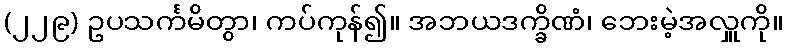
(၂၂၉) ဥပသင်္ကမိတွာ၊ ကပ်ကုန်၍။ အဘယဒက္ခိဏံ၊ ဘေးမဲ့အလှူကို။